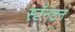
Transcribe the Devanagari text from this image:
स्टॅनटन